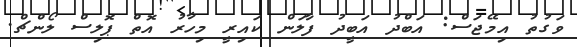
ވަގުތު އިމޭޖަސް: އަބްދު އަބީދު ފާލަން ކައިރީ މިހާރު އޮތް ޕޮލިސް ލޯންޗް.